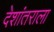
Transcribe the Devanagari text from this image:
देशांतराला